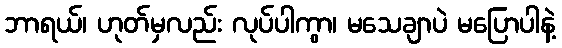
ဘာရယ်၊ ဟုတ်မှလည်း လုပ်ပါကွာ၊ မသေချာပဲ မပြောပါနဲ့